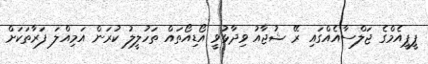
ޕީޕީއެމްގެ ޖަލްސާއެއްގައި ރޭ ޝުޖާއު ވިދާޅުވީ އޯޑިއޯތައް ތަހުލީލު ކުރަން އަމިއްލަ ފަރާތަކަށް